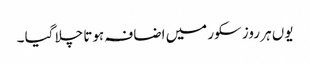
یوں ہر روز سکور میں اضافہ ہوتا چلا گیا ۔